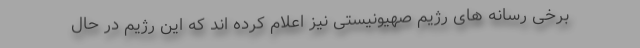
برخی رسانه های رژیم صهیونیستی نیز اعلام کرده اند که این رژیم در حال